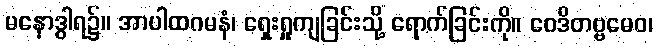
မနောဒွါရ၌။ အာပါထဂမနံ၊ ရှေးရှုကျခြင်းသို့ ရောက်ခြင်းကို။ ဝေဒိတဗ္ဗမေဝ၊